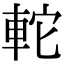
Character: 䡐